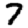
Digit: 7